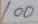
100